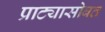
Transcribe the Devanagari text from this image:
प्राट्यासोबत